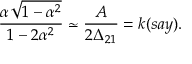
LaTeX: \frac { \alpha \sqrt { 1 - \alpha ^ { 2 } } } { 1 - 2 \alpha ^ { 2 } } \simeq \frac { A } { 2 \Delta _ { 2 1 } } = k ( s a y ) .